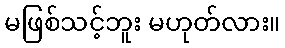
မဖြစ်သင့်ဘူး မဟုတ်လား။